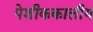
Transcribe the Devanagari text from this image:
पेशीककालीय